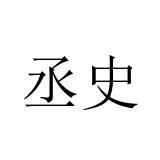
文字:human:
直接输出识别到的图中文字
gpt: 丞史